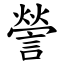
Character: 謍